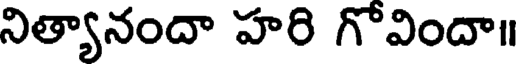
నిత్యానందా హరి గోవిందా॥